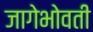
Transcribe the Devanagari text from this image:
जागेभोवती